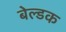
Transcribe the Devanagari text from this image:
बेल्डक